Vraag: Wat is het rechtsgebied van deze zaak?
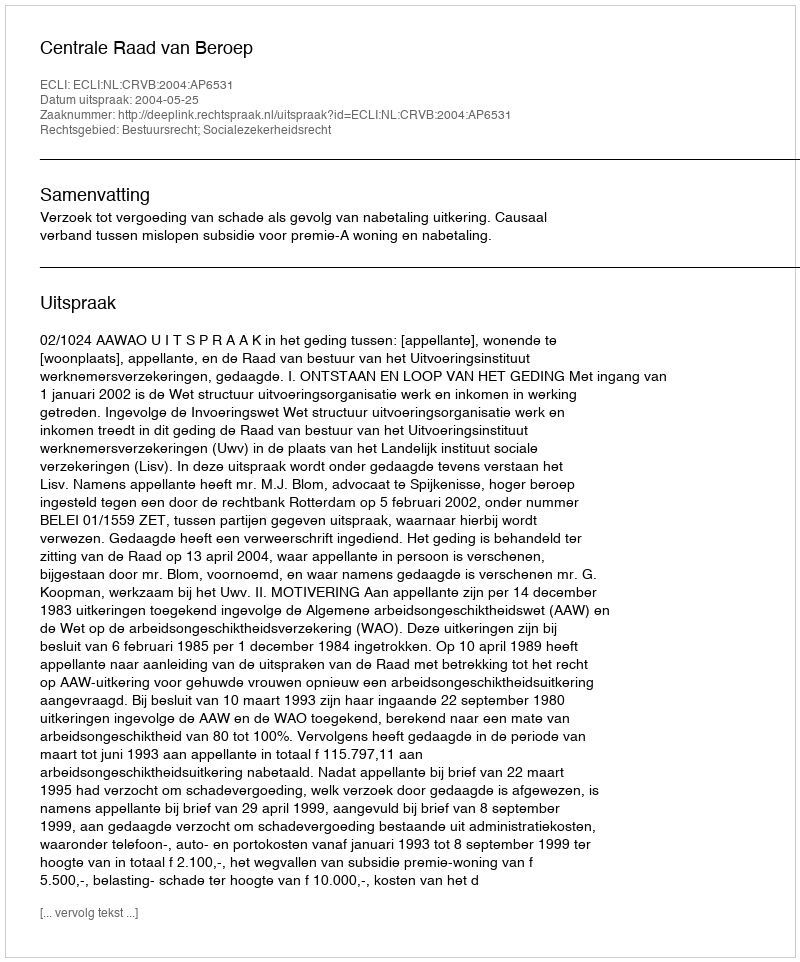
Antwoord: Bestuursrecht; Socialezekerheidsrecht